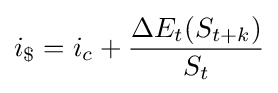
i_{\$}=i_{c}+{\frac {{\Delta }E_{t}(S_{t+k})}{S_{t}}}